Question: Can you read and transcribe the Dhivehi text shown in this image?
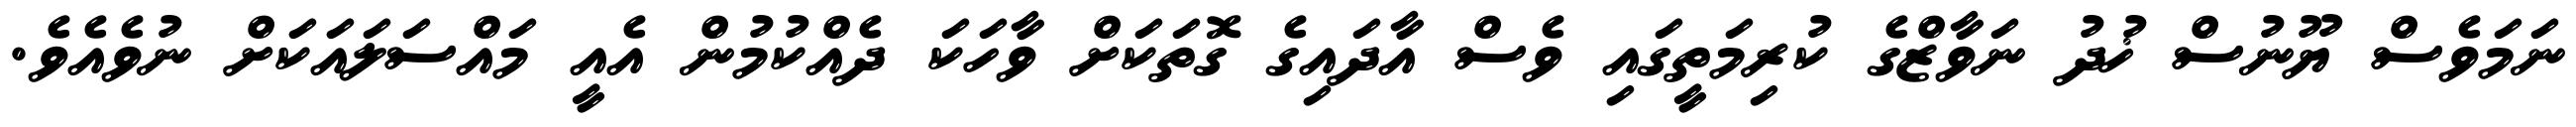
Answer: ނަމަވެސް ޔޫނުސް ޚުދު ނަވާޒްގެ ކުރިމަތީގައި ވެސް އާދައިގެ ގޮތަކަށް ވާހަކަ ދެއްކުމުން އެއީ މައްސަލައަކަށް ނުވެއެވެ.